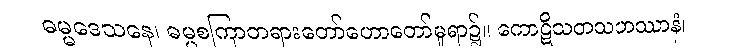
ဓမ္မဒေသနေ၊ ဓမ္မစကြာတရားတော်ဟောတော်မူရာ၌။ ကောဋိသတသဟဿာနံ၊